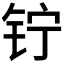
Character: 𬬾